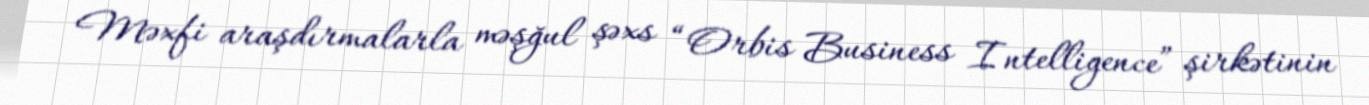
Məxfi araşdırmalarla məşğul şəxs “Orbis Business Intelligence” şirkətinin